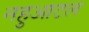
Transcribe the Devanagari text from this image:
नहुआटल